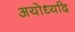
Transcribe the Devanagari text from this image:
अयोध्यदि